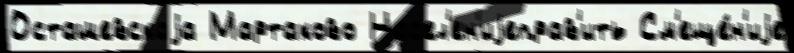
Осташевскаjа Мартаково Нас'ел'ен'иjеправ'ить См'еще́н'иjе